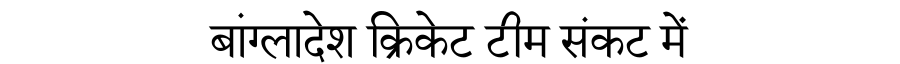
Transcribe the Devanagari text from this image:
बांग्लादेश क्रिकेट टीम संकट में